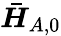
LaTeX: \boldsymbol{\bar{H}}_{A,0}